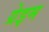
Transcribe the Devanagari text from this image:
ग्रेइम